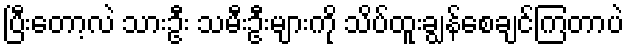
ပြီးတော့လဲ သားဦး သမီးဦးများကို သိပ်ထူးချွန်စေချင်ကြတာပဲ